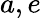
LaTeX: a,e